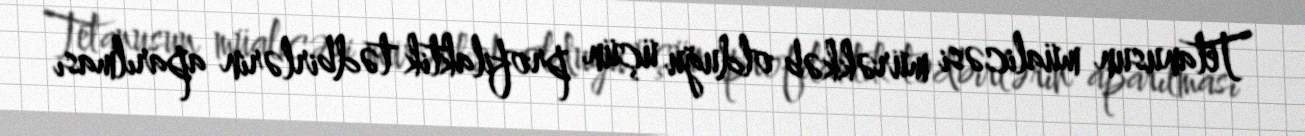
Tetanusun müalicəsi mürəkkəb olduğu üçün profilaktik tədbirlərin aparılması